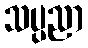
သပ္ပညာ